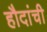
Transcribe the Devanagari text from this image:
हौदांची